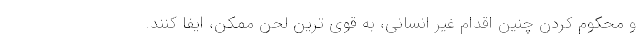
و محکوم کردن چنین اقدام غیر انسانی، به قوی ترین لحن ممکن، ایفا کنند.